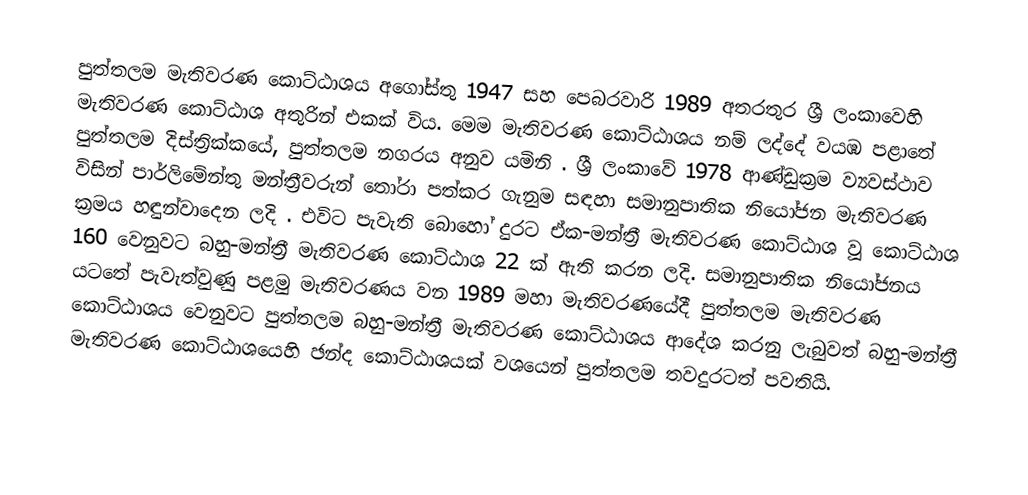
පුත්තලම  මැතිවරණ කොට්ඨාශය  අගෝස්තු 1947 සහ පෙබරවාරි 1989 අතරතුර  ශ්‍රී ලංකාවෙහි  මැතිවරණ කොට්ඨාශ අතුරින් එකක් විය. මෙම මැතිවරණ කොට්ඨාශය නම් ලද්දේ  වයඹ පළාතේ  පුත්තලම දිස්ත්‍රික්කයේ,  පුත්තලම නගරය අනුව යමිනි . ශ්‍රී ලංකාවේ 1978 ආණ්ඩුක්‍රම ව්‍යවස්ථාව විසින්   පාර්ලිමේන්තු මන්ත්‍රීවරුන් තෝරා පත්කර ගැනුම සඳහා සමානුපාතික නියෝජන මැතිවරණ ක්‍රමය හඳුන්වාදෙන ලදි . එවිට පැවැති බොහෝ දුරට  ඒක-මන්ත්‍රී මැතිවරණ කොට්ඨාශ වූ කොට්ඨාශ 160 වෙනුවට බහු-මන්ත්‍රී මැතිවරණ කොට්ඨාශ 22 ක් ඇති කරන ලදි. සමානුපාතික නියෝජනය යටතේ පැවැත්වුණු  පළමු මැතිවරණය වන 1989 මහා මැතිවරණයේදී  පුත්තලම මැතිවරණ කොට්ඨාශය වෙනුවට  පුත්තලම බහු-මන්ත්‍රී මැතිවරණ කොට්ඨාශය  ආදේශ කරනු ලැබුවත් බහු-මන්ත්‍රී මැතිවරණ කොට්ඨාශයෙහි ඡන්ද කොට්ඨාශයක් වශයෙන් පුත්තලම තවදුරටත් පවතියි.